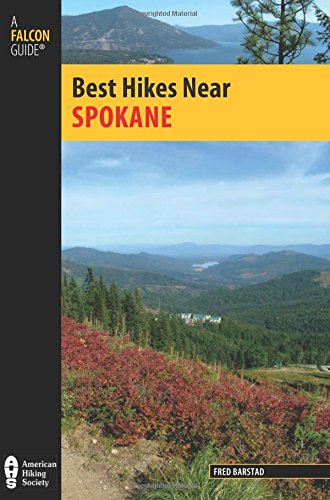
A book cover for Best Hikes Near Spokane (Best Hikes Near Series); Fred Barstad; Travel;